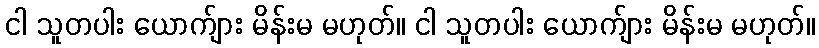
ငါ သူတပါး ယောက်ျား မိန်းမ မဟုတ်။ ငါ သူတပါး ယောက်ျား မိန်းမ မဟုတ်။